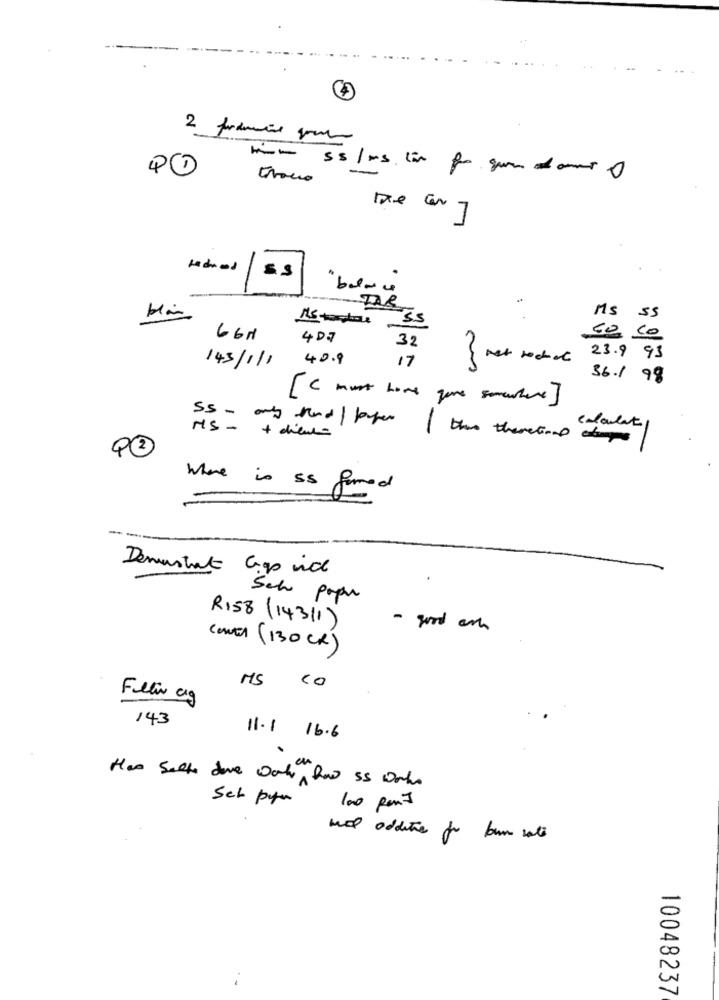
Him ss/ms. com for que dans 0
tronco
m
TAR
5.5
MS 55
66M
407
32
60 c0
40.9
17
{ met recht
23.9 93
143/1/1
36.1 98
[C monthlove you somalie]
calculate
MS- + dient=
SS - any kind / later this thatis to
42
Where is is formed
Demustrate Gos vice
Sehr popu
R158 (14311)
- good on
CONTER ( 130 CR )
MS
CO
Felin og
143
11.1 16.6
Has Satte dove work haw ss works
Set pyn
100 pen 7
und additie for burn rate
10048237